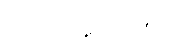
ဋ္ဌ-ဒု-အုပ်-၆၈။